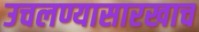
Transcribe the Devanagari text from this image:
उचलण्यासारखाच